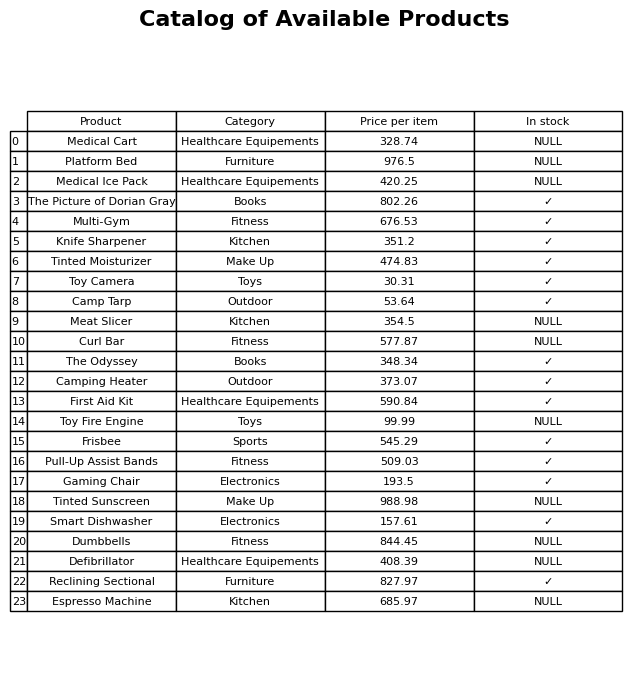
question: What is the price for Curl Bar?
answer: The price of Curl Bar is 577.87.